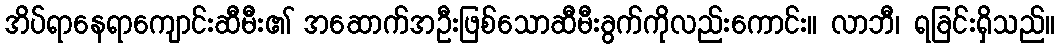
အိပ်ရာနေရာကျောင်းဆီမီး၏ အဆောက်အဦးဖြစ်သောဆီမီးခွက်ကိုလည်းကောင်း။ လာဘီ၊ ရခြင်းရှိသည်။